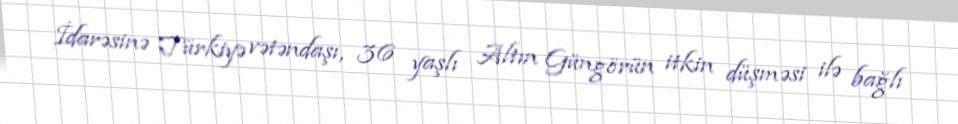
İdarəsinə Türkiyə vətəndaşı, 36 yaşlı Altın Güngörün itkin düşməsi ilə bağlı